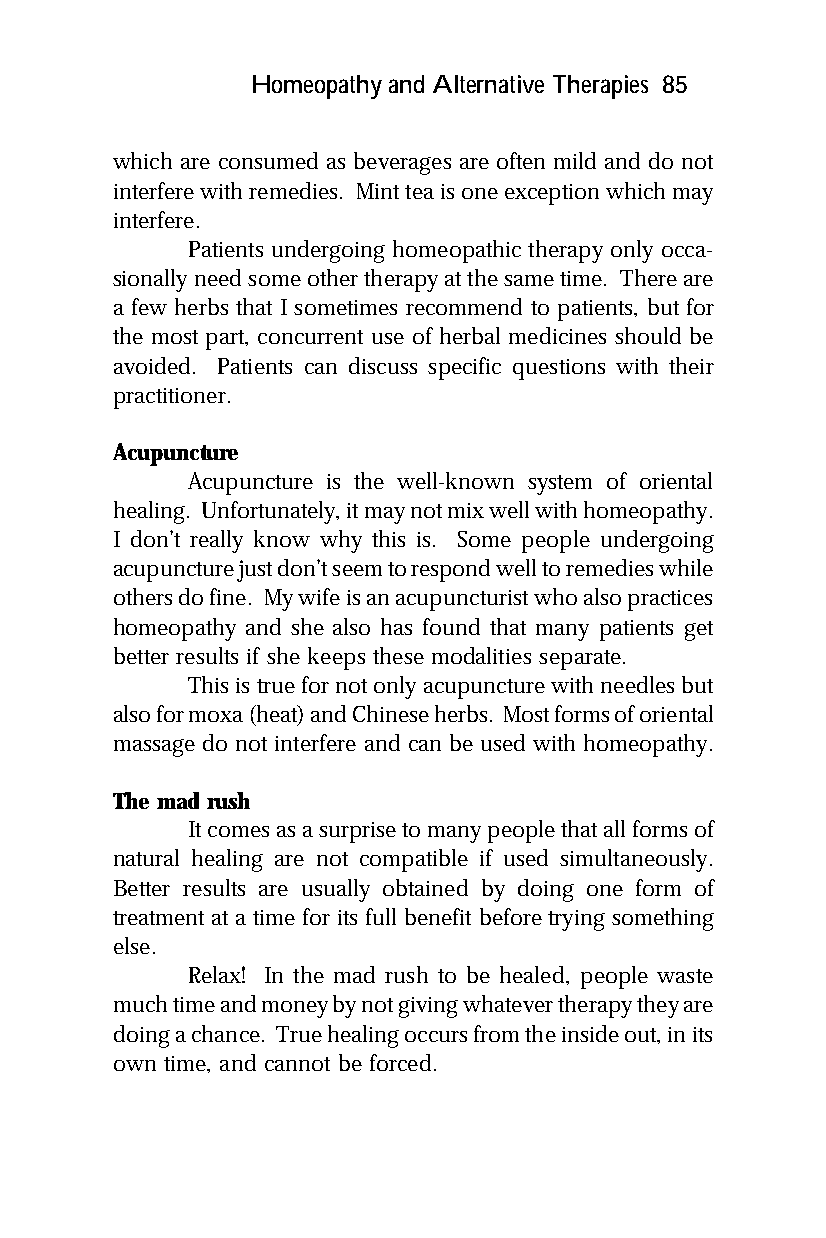
Homeopathy and Alternative Therapies 85
 which are consumed as beverages are often mild and do not
 interfere with remedies. Mint tea is one exception which may
 interfere.
 Patients undergoing homeopathic therapy only occa-
 sionally need some other therapy at the same time. There are
 a few herbs that I sometimes recommend to patients, but for
 the most part, concurrent use of herbal medicines should be
 avoided. Patients can discuss specific questions with their
 practitioner.
 Acupuncture
 Acupuncture is the well-known system of oriental
 healing. Unfortunately, it may not mix well with homeopathy.
 I don’t really know why this is. Some people undergoing
 acupuncture just don’t seem to respond well to remedies while
 others do fine. My wife is an acupuncturist who also practices
 homeopathy and she also has found that many patients get
 better results if she keeps these modalities separate.
 This is true for not only acupuncture with needles but
 also for moxa (heat) and Chinese herbs. Most forms of oriental
 massage do not interfere and can be used with homeopathy.
 The mad rush
 It comes as a surprise to many people that all forms of
 natural healing are not compatible if used simultaneously.
 Better results are usually obtained by doing one form of
 treatment at a time for its full benefit before trying something
 else.
 Relax! In the mad rush to be healed, people waste
 much time and money by not giving whatever therapy they are
 doing a chance. True healing occurs from the inside out, in its
 own time, and cannot be forced.